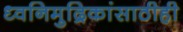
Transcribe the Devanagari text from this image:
ध्वनिमुद्रिकांसाठीही